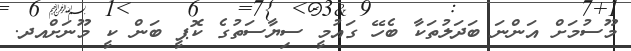
މޫސުމަށް އަންނަ ބަދަލުތަކާ ބެހޭ ގައުމީ ސިޔާސަތުގެ ކޮޕީ ބަން ކީ މޫނަށްއދ.